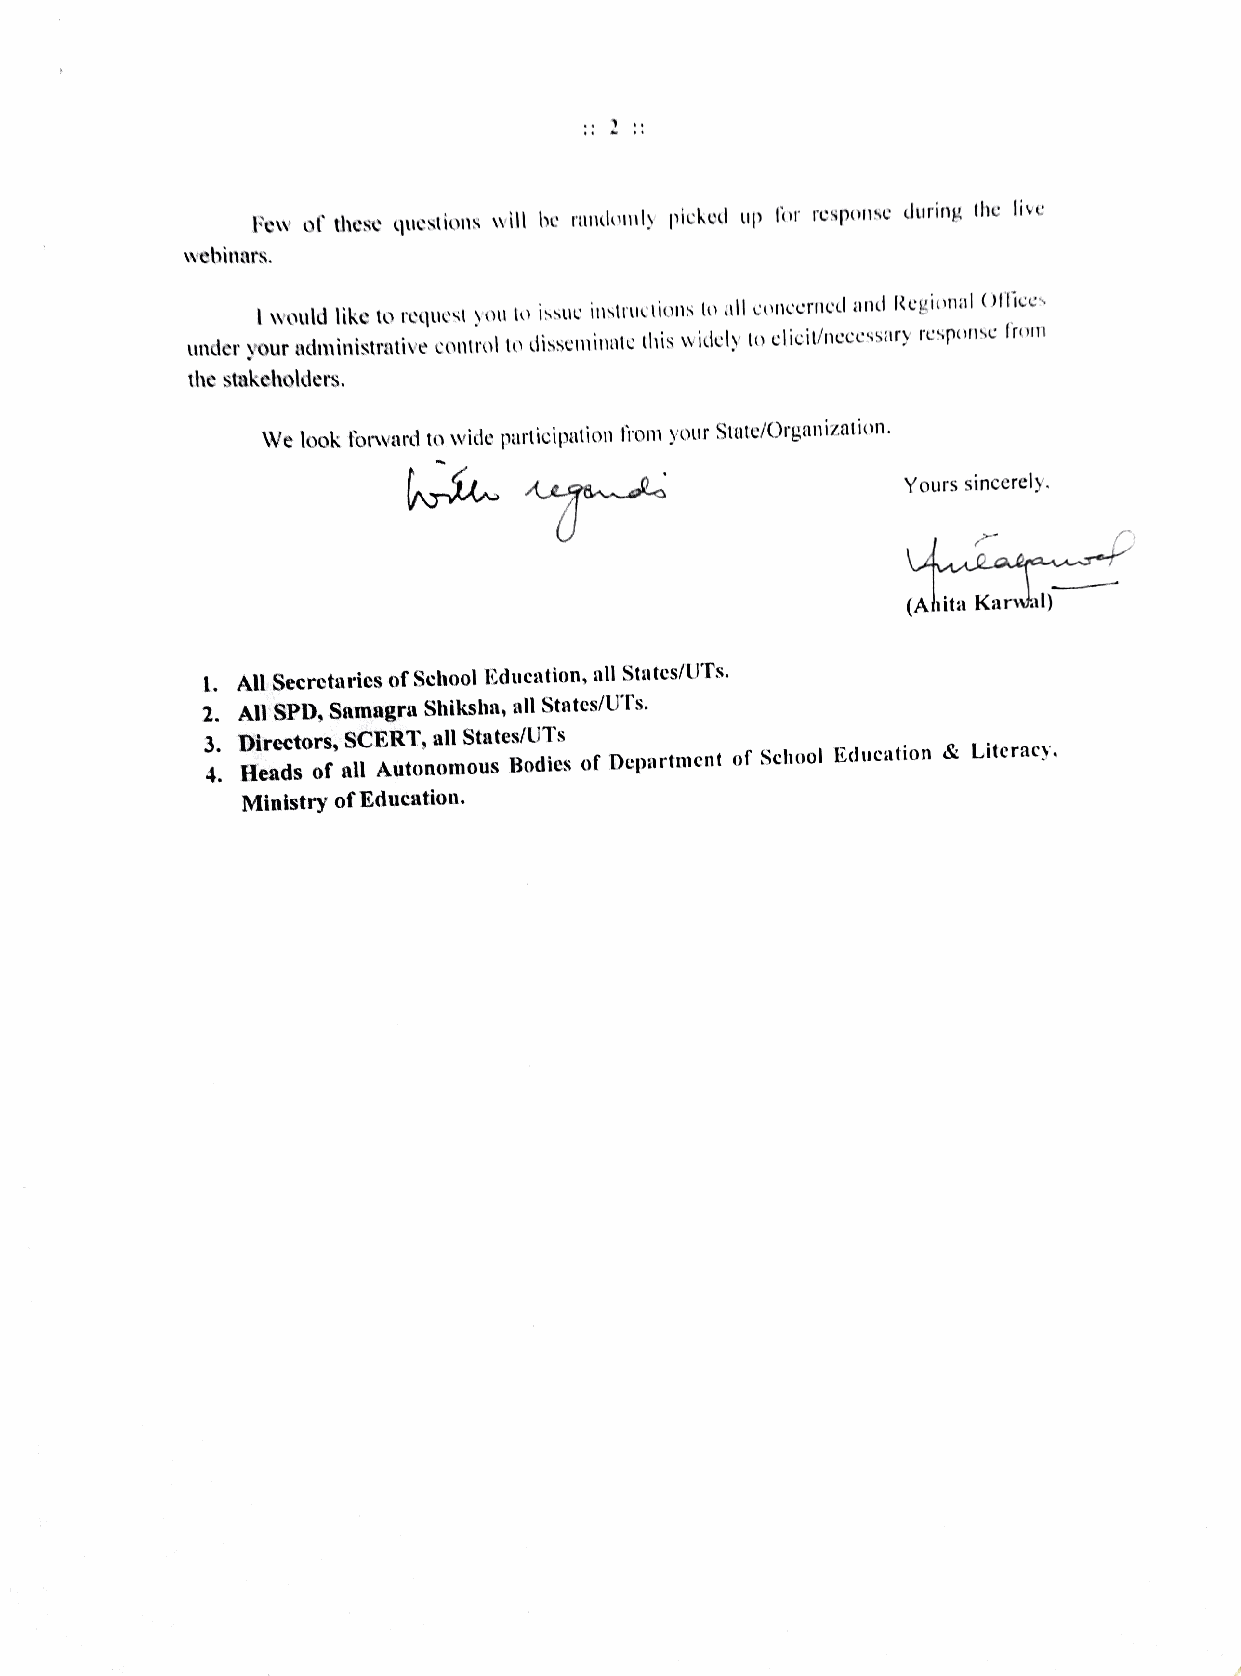
Few of these questions will be randonly picked up for response during the live
 webinars.
 would like to request you to issue instructions to all concerned and Regional (Oftices
 under your administrative control to disseminate this widely to elicit/necessary response Irom
 the stakeholders.
 We look forward to wide participation from your Stute/Organization.
 Yours sincerely.
 Aearas
 (Ahita Karwal)
 1. All Secretaries of School Education, all States/UTs.
 2. All SPD, Samagra Shiksha, all States/UTs.
 3 4. . D Hi er ae dc sto ors f, aS lC l E AR utT o, n a ol ml S ot ua st e Bs/ oU dT ies s of Department of School Education & Literacy,
 Ministry of Education.